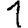
Digit: 1